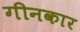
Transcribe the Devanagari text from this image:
गीनकार